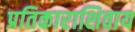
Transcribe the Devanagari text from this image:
प्रतिकाराशिवाय